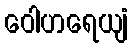
ဝေါဟရေယျံ